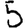
Digit: 5